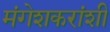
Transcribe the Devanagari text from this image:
मंगेशकरांशी